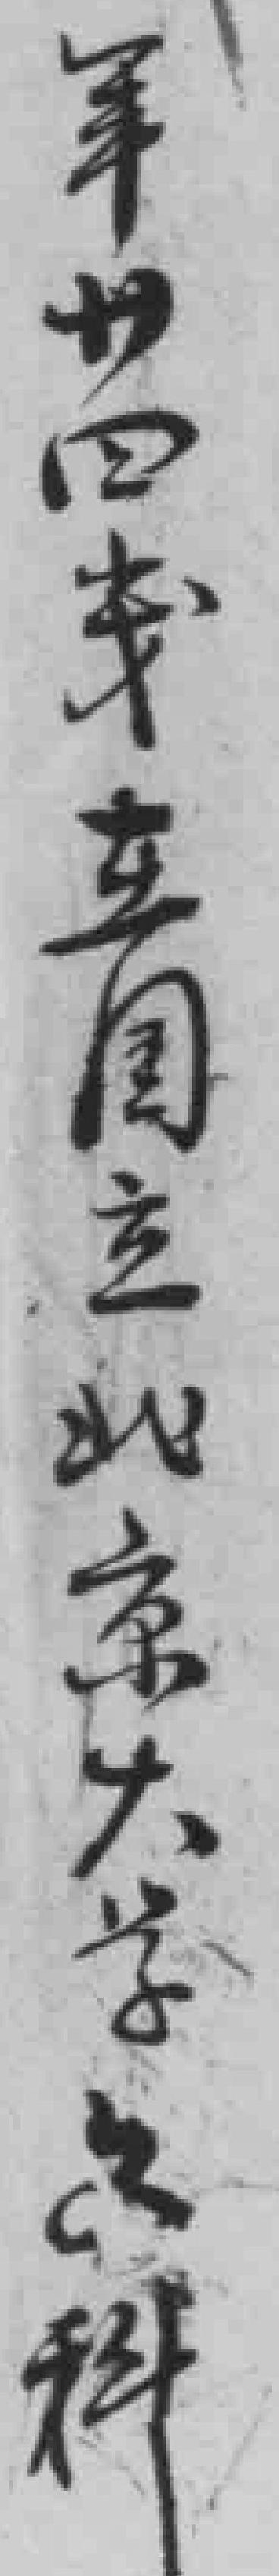
年廿四岁在国立北京大学文科